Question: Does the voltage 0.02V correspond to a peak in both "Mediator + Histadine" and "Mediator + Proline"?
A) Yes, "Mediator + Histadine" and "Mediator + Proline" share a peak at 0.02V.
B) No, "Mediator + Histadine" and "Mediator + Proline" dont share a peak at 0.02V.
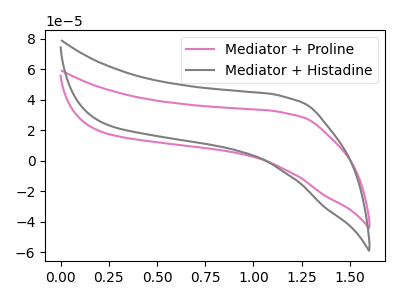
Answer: <think>The pink curve "Mediator + Proline" has no peaks. The gray curve "Mediator + Histadine" has no peaks.</think>
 <answer>B) No, "Mediator + Histadine" and "Mediator + Proline" dont share a peak at 0.02V.</answer>
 <eval>B</eval>